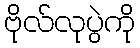
ဗိုလ်လုပွဲကို